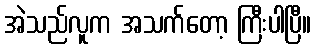
အဲသည်လူက အသက်တော့ ကြီးပါပြီ။